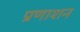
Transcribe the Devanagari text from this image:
प्रणाशन